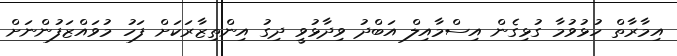
އިމާރާތް ހުޅުވުމާ ގުޅިގެން އިސްމާއިލް އަބްދު ވިދާޅުވީ ދިގު އިންތިޒާރަކަށް ފަހު މުވައްޒަފުންނަށް